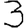
Digit: 3